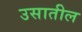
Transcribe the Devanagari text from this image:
उसातील